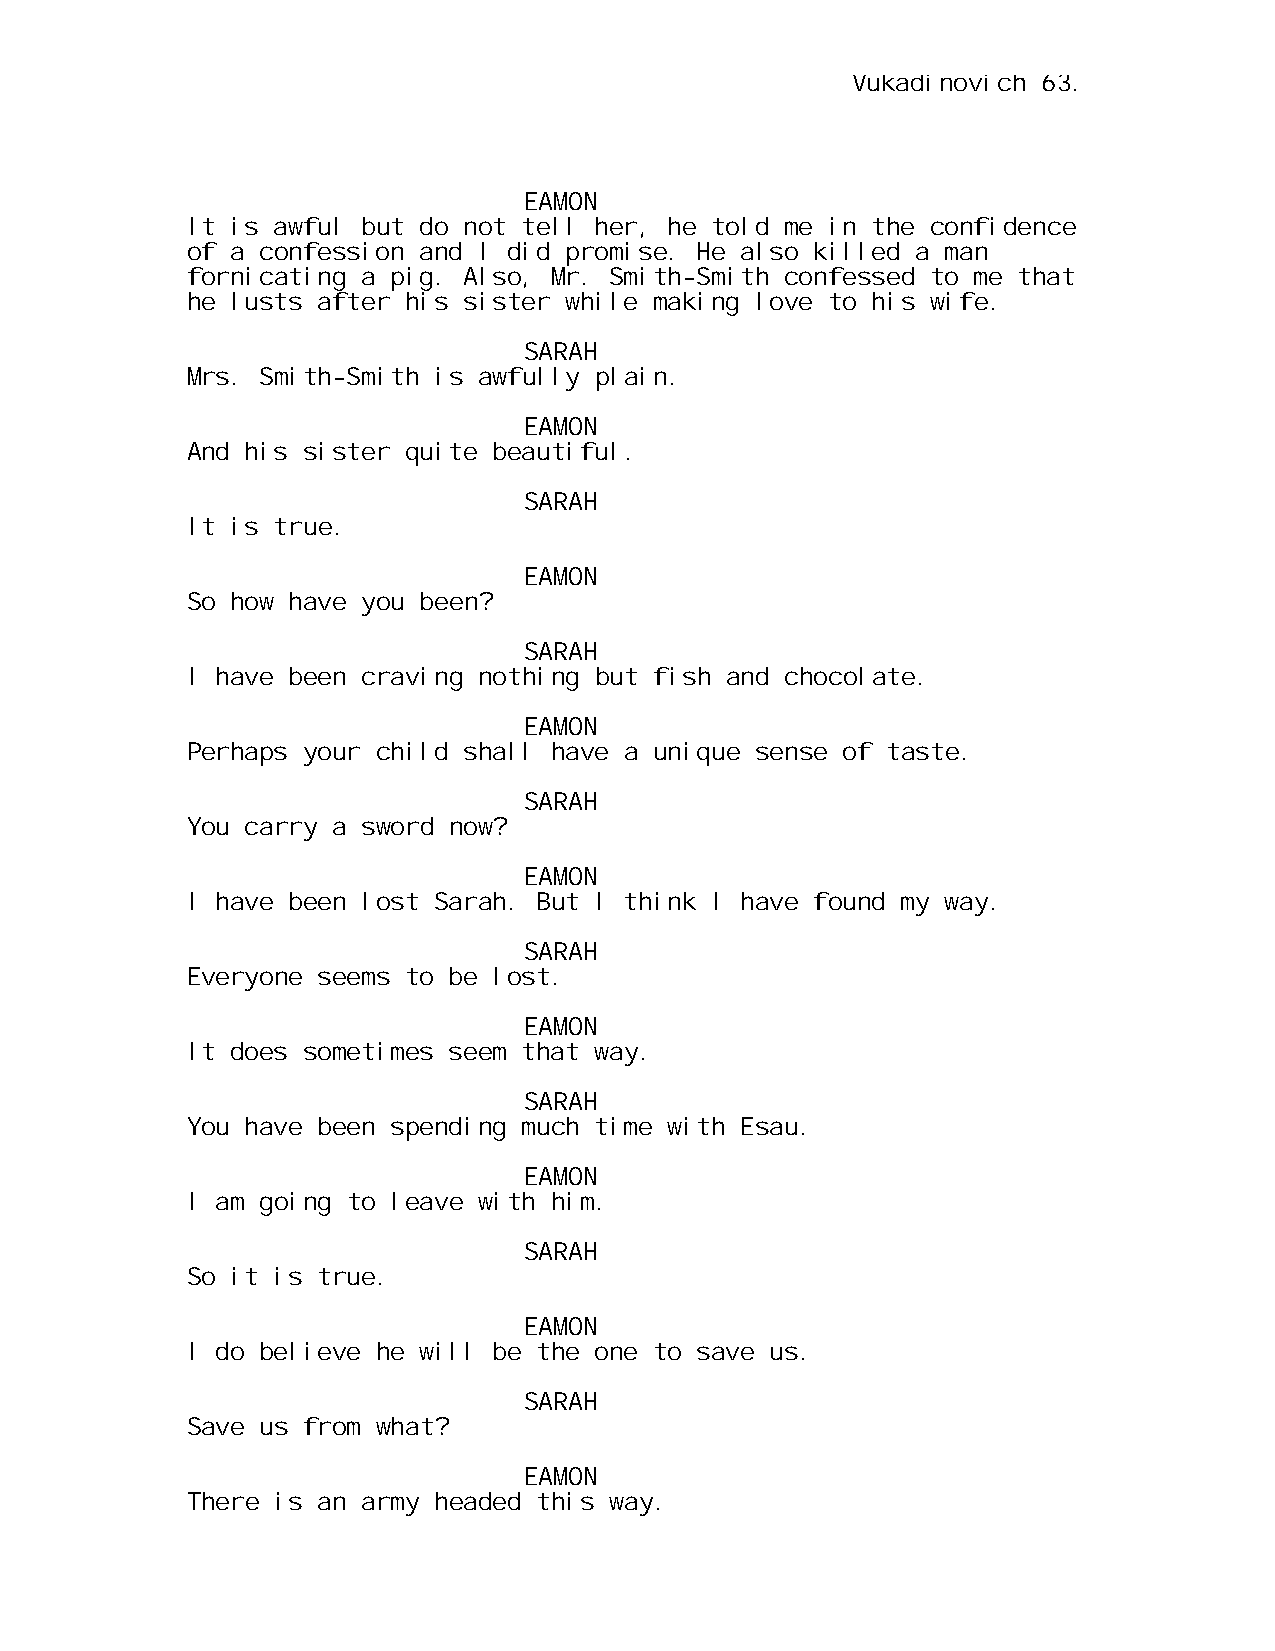
Vukadinovich 63.
 EAMON
 It is awful but do not tell her, he told me in the confidence
 of a confession and I did promise. He also killed a man
 fornicating a pig. Also, Mr. Smith-Smith confessed to me that
 he lusts after his sister while making love to his wife.
 SARAH
 Mrs. Smith-Smith is awfully plain.
 EAMON
 And his sister quite beautiful.
 SARAH
 It is true.
 EAMON
 So how have you been?
 SARAH
 I have been craving nothing but fish and chocolate.
 EAMON
 Perhaps your child shall have a unique sense of taste.
 SARAH
 You carry a sword now?
 EAMON
 I have been lost Sarah. But I think I have found my way.
 SARAH
 Everyone seems to be lost.
 EAMON
 It does sometimes seem that way.
 SARAH
 You have been spending much time with Esau.
 EAMON
 I am going to leave with him.
 SARAH
 So it is true.
 EAMON
 I do believe he will be the one to save us.
 SARAH
 Save us from what?
 EAMON
 There is an army headed this way.